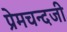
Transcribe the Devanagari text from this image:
प्रेमचन्दजी